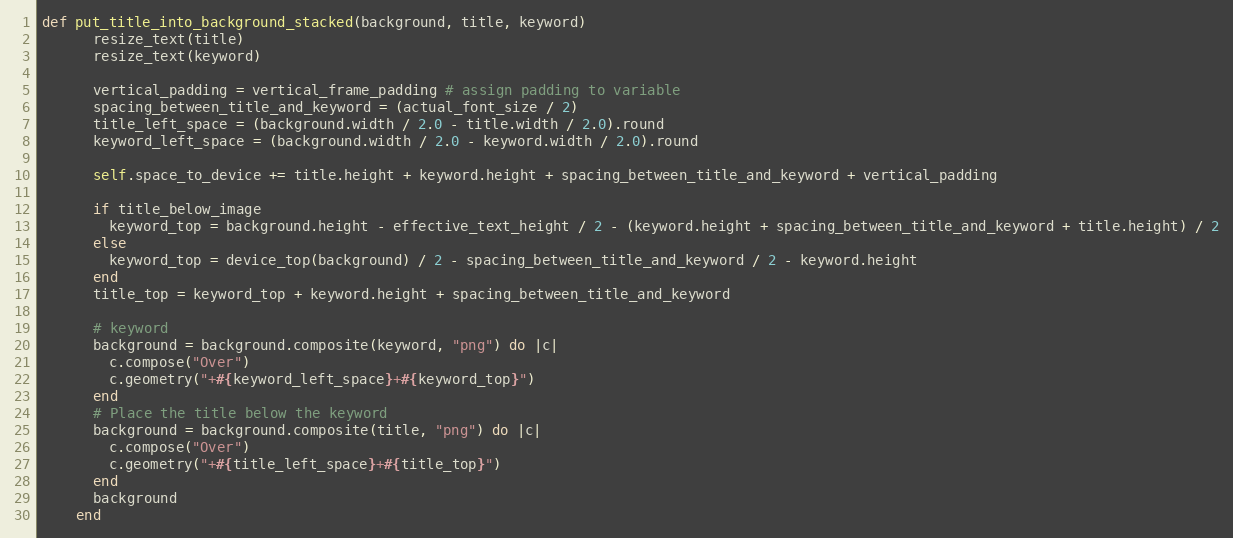
Language: Ruby
def put_title_into_background_stacked(background, title, keyword)
      resize_text(title)
      resize_text(keyword)

      vertical_padding = vertical_frame_padding # assign padding to variable
      spacing_between_title_and_keyword = (actual_font_size / 2)
      title_left_space = (background.width / 2.0 - title.width / 2.0).round
      keyword_left_space = (background.width / 2.0 - keyword.width / 2.0).round

      self.space_to_device += title.height + keyword.height + spacing_between_title_and_keyword + vertical_padding

      if title_below_image
        keyword_top = background.height - effective_text_height / 2 - (keyword.height + spacing_between_title_and_keyword + title.height) / 2
      else
        keyword_top = device_top(background) / 2 - spacing_between_title_and_keyword / 2 - keyword.height
      end
      title_top = keyword_top + keyword.height + spacing_between_title_and_keyword

      # keyword
      background = background.composite(keyword, "png") do |c|
        c.compose("Over")
        c.geometry("+#{keyword_left_space}+#{keyword_top}")
      end
      # Place the title below the keyword
      background = background.composite(title, "png") do |c|
        c.compose("Over")
        c.geometry("+#{title_left_space}+#{title_top}")
      end
      background
    end